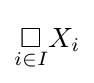
{\underset {i\in I}{\square }}X_{i}